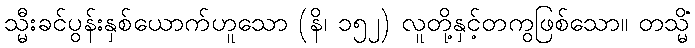
သ္မီးခင်ပွန်းနှစ်ယောက်ဟူသော (နိ၊ ၁၅၂) လူတို့နှင့်တကွဖြစ်သော။ တသ္မိံ